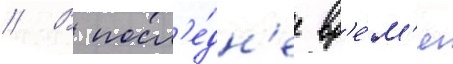
// В посл'е́дн'ее вр'е́м'я